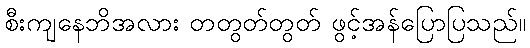
စီးကျနေဘိအလား တတွတ်တွတ် ဖွင့်အန်ပြောပြသည်။